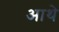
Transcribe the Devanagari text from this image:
आथे